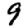
Digit: 9